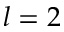
l = 2